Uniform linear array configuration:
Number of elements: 64
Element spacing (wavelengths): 0.5
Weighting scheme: binomial
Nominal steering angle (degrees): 30
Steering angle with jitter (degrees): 30.456
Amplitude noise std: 0.05
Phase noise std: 0.05

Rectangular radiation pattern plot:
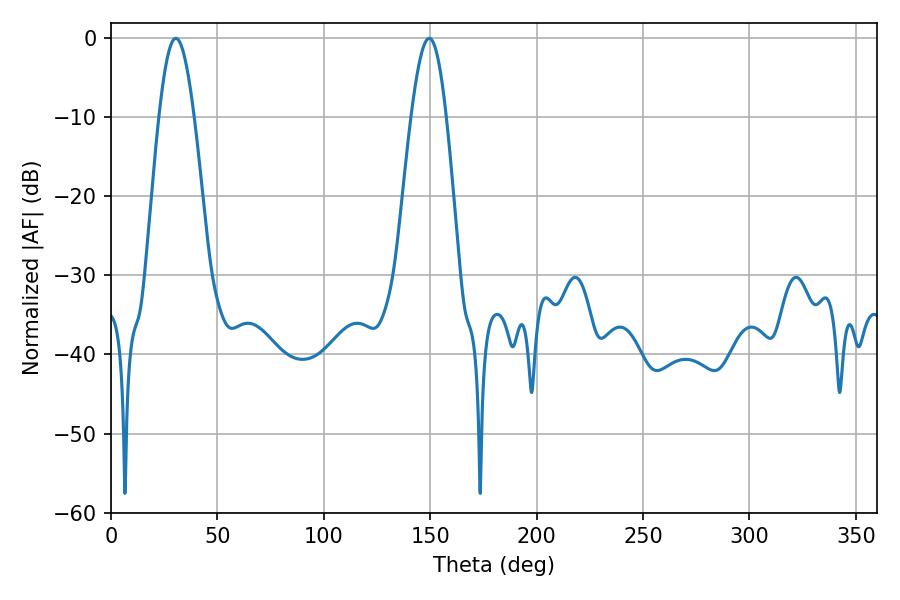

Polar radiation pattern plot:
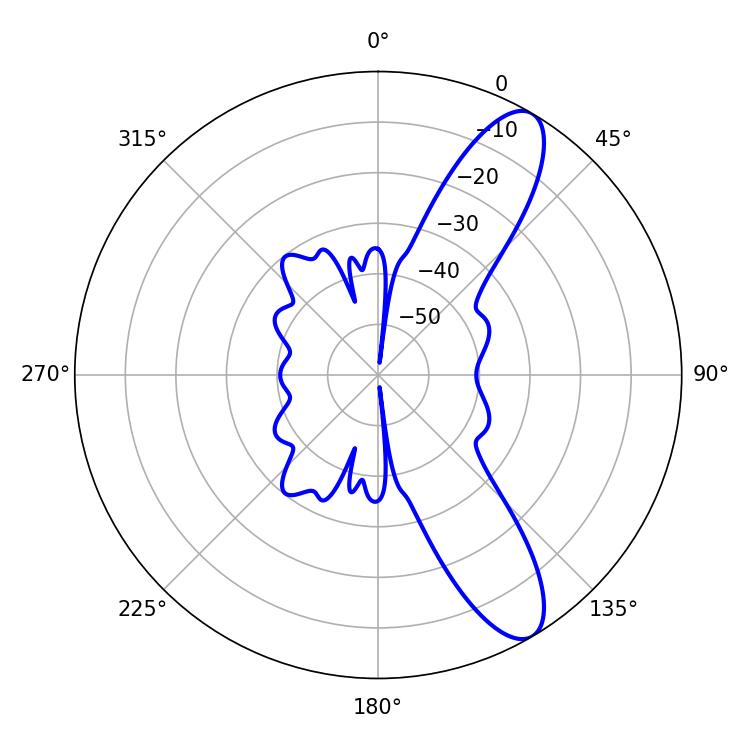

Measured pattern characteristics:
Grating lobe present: FALSE
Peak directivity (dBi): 10.657
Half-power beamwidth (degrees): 8.82
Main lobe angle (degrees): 30.42